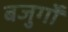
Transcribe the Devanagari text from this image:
बजुर्गों